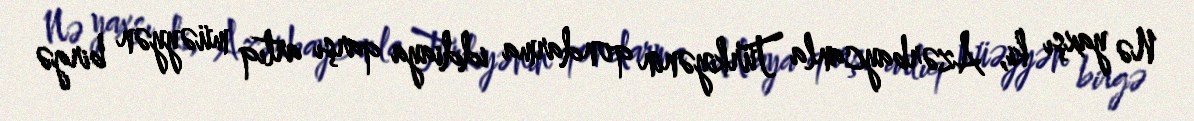
Nə yaxşı ki, Azərbaycanla Türkiyənin qondarma iddiaya qarşı artıq müəyyən birgə